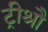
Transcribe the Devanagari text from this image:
ट्रीश्रौ